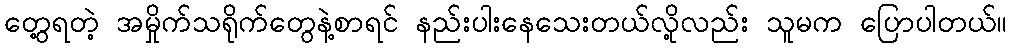
တွေ့ရတဲ့ အမှိုက်သရိုက်တွေနဲ့စာရင် နည်းပါးနေသေးတယ်လို့လည်း သူမက ပြောပါတယ်။